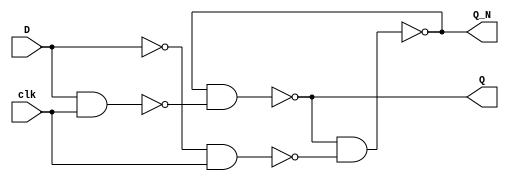
// D flip-flop
// Q_N = complement of Q

module DFlipFlop(Q, Q_N, D, clk);
    input D, clk;
    output Q, Q_N;

    // Internal wires declaration
    wire w1, w2, w3, w4, D_N;    // D_N = complement of D

    not(D_N, D);
    nand(w1, D, clk);
    nand(w2, D_N, clk);
    nand(Q, Q_N, w1);
    nand(Q_N, Q, w2);

endmodule